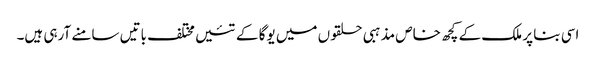
اسی بنا پر ملک کے کچھ خاص مذہبی حلقوں میں یوگا کے تئیں مختلف باتیں سامنے آرہی ہیں۔